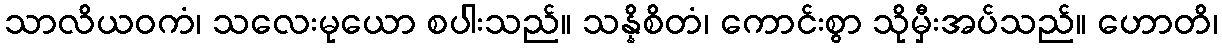
သာလိယဝကံ၊ သလေးမုယော စပါးသည်။ သန္နိစိတံ၊ ကောင်းစွာ သိုမှီးအပ်သည်။ ဟောတိ၊